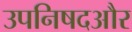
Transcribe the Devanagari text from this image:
उपनिषदऔर